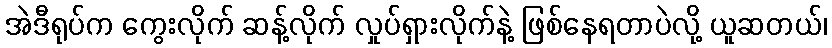
အဲဒီရုပ်က ကွေးလိုက် ဆန့်လိုက် လှုပ်ရှားလိုက်နဲ့ ဖြစ်နေရတာပဲလို့ ယူဆတယ်၊